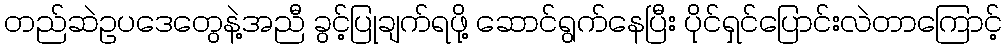
တည်ဆဲဥပဒေတွေနဲ့အညီ ခွင့်ပြုချက်ရဖို့ ဆောင်ရွက်နေပြီး ပိုင်ရှင်ပြောင်းလဲတာကြောင့်